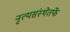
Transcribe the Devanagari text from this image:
नृत्यसंस्थेतर्फे